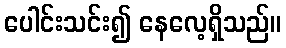
ပေါင်းသင်း၍ နေလေ့ရှိသည်။